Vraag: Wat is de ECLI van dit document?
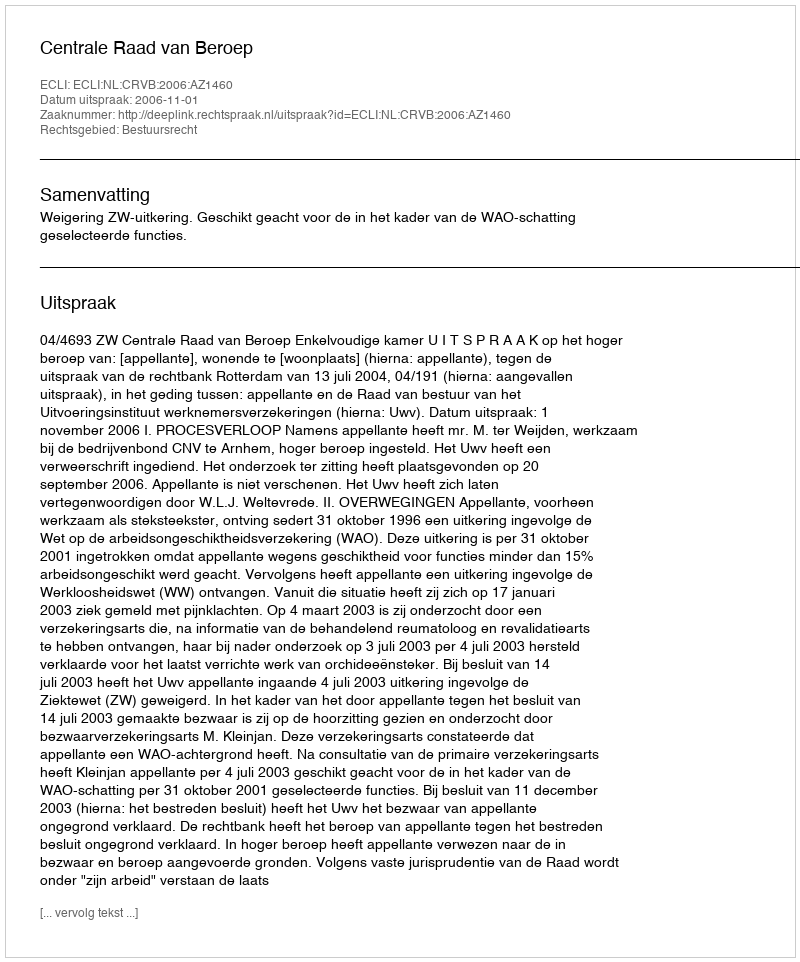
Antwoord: ECLI:NL:CRVB:2006:AZ1460